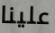
علينا